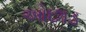
ઓછાડ